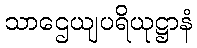
သာဌေယျပရိယုဋ္ဌာနံ